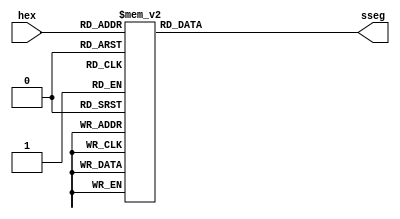
`timescale 1ns / 1ps
//////////////////////////////////////////////////////////////////////////////////
// Company: Tecnolgico Costa Rica
// 
// Design Name: 
// Module Name:    Deco7Seg 
// Project Name: 
// Target Devices: 
// Tool versions: 
// Description: 
//
// Dependencies: 
//
// Revision: 
// Revision 0.01 - File Created
// Additional Comments: 
//
//////////////////////////////////////////////////////////////////////////////////

module Deco7Seg(
	//Numero binario a mostrar
	input wire [3:0] hex,
	//Numero procesado para mostrar en display de 7 segmentos
	output reg [6:0] sseg
    );
	//Comportamiento del decodificador
	always @*
	begin
		case(hex)
			4'h0: sseg[6:0] = 7'b0000001;
			4'h1: sseg[6:0] = 7'b1001111;
			4'h2: sseg[6:0] = 7'b0010010;
			4'h3: sseg[6:0] = 7'b0000110;
			4'h4: sseg[6:0] = 7'b1001100;
			4'h5: sseg[6:0] = 7'b0100100;
			4'h6: sseg[6:0] = 7'b0100000;
			4'h7: sseg[6:0] = 7'b0001111;
			4'h8: sseg[6:0] = 7'b0000000;
			4'h9: sseg[6:0] = 7'b0000100;
			default: sseg[6:0] = 7'bxxxxxxx;
		endcase
	end
endmodule